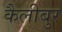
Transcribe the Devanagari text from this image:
कैलीबुर